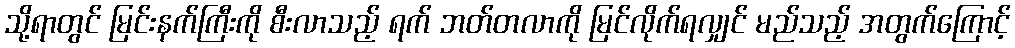
သို့ရာတွင် မြင်းနက်ကြီးကို စီးလာသည့် ရက် ဘတ်တလာကို မြင်လိုက်ရလျှင် မည်သည့် အတွက်ကြောင့်